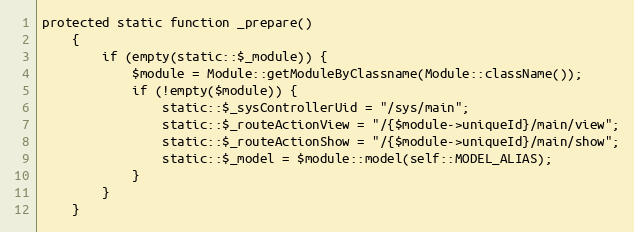
Language: PHP
protected static function _prepare()
    {
        if (empty(static::$_module)) {
            $module = Module::getModuleByClassname(Module::className());
            if (!empty($module)) {
                static::$_sysControllerUid = "/sys/main";
                static::$_routeActionView = "/{$module->uniqueId}/main/view";
                static::$_routeActionShow = "/{$module->uniqueId}/main/show";
                static::$_model = $module::model(self::MODEL_ALIAS);
            }
        }
    }